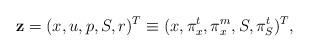
LaTeX: \begin{align*}{\bf z}=(x,u,p,S,r)^T\equiv(x,\pi^t_x,\pi^m_x,S,\pi^t_S)^T, \end{align*}